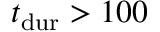
\ensuremath { t _ { \mathrm { d u r } } } > 1 0 0